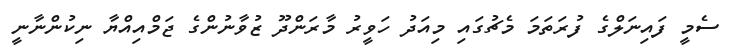
ސެމީ ފައިނަލްގެ ފުރަތަމަ މެޗުގައި މިއަދު ހަވީރު މާރަންދޫ ޒުވާނުންގެ ޖަމްއިއްޔާ ނިކުންނާނީ